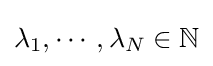
\lambda _{1},\cdots ,\lambda _{N}\in \mathbb {N}